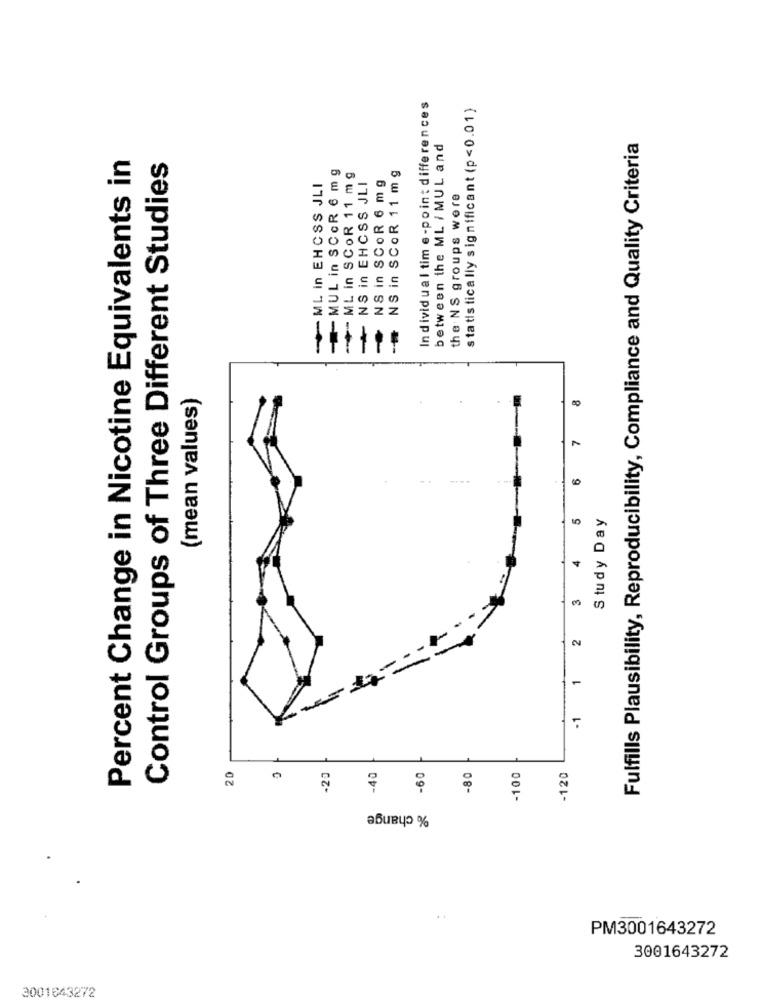
Individual tim e-point differences
statistically significant (p<0.01)
between the ML / MUL and
Fulfills Plausibility, Reproducibility, Compliance and Quality Criteria
Percent Change in Nicotine Equivalents in
Control Groups of Three Different Studies
MUL in SCOR 6 mg
NS in SCOR 11 mg
ML in SCOR 11 mg
NS in EHCSS JLI
NS in SCOR 6 mg
ML in EHCSS JLI
the NS groups were
(mean values)
8
6
5
Study Day
3
2
1
-1
20
20
-40
-60
-80
-100
-120
% change
PM3001643272
3001643272
3001643272